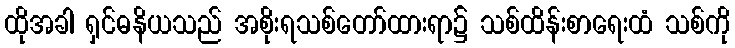
ထိုအခါ ရှင်ဓနိယသည် အစိုးရသစ်တော်ထားရာ၌ သစ်ထိန်းစာရေးထံ သစ်ကို